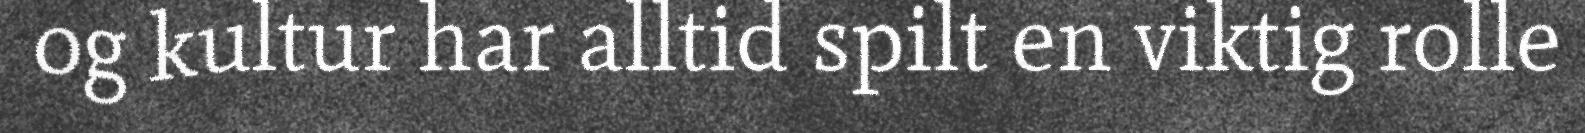
og kultur har alltid spilt en viktig rolle